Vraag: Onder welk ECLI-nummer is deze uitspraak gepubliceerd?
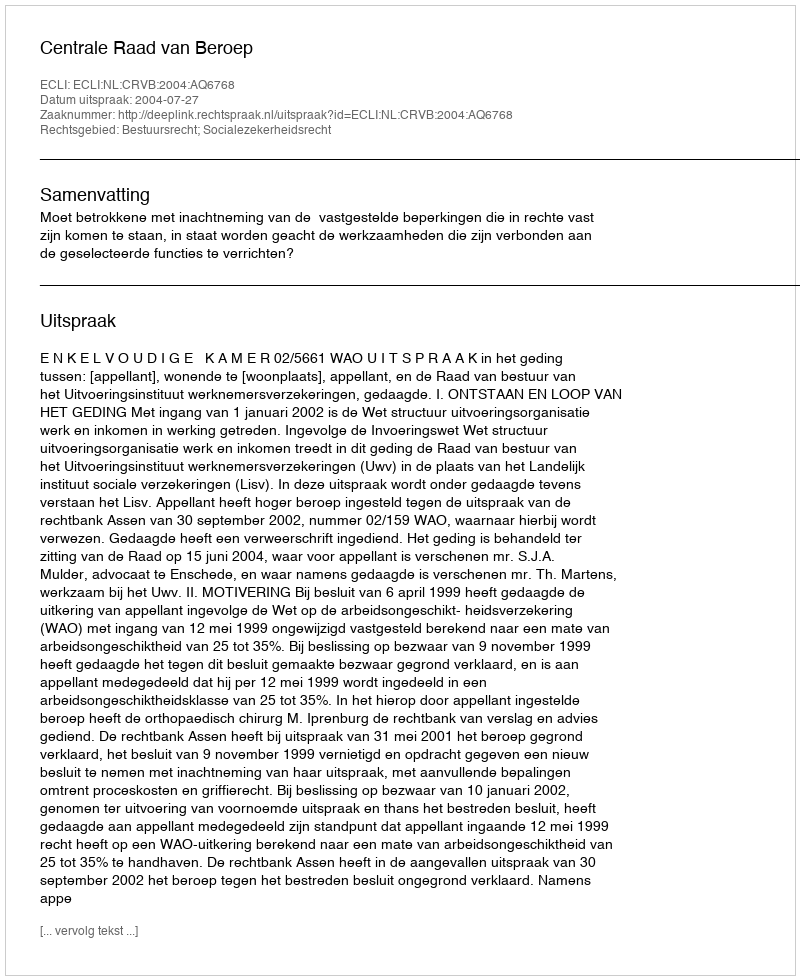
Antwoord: ECLI:NL:CRVB:2004:AQ6768